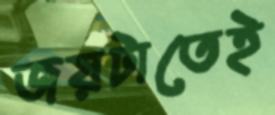
জয়টাতেই